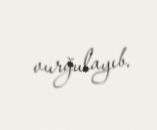
vurğulayıb.